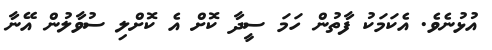
އުޅުނެވެ. އެކަމަކު ފާތުން ހަމަ ސީދާ ކޮށް އެ ކޮށްލި ސުވާލުން އޭނާ